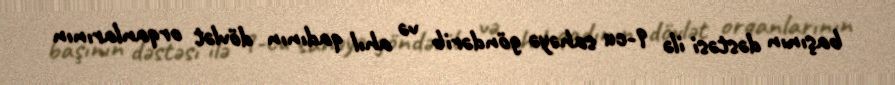
başının dəstəsi ilə 9-cu sahəyə göndərib və ahıl qadının dövlət orqanlarının